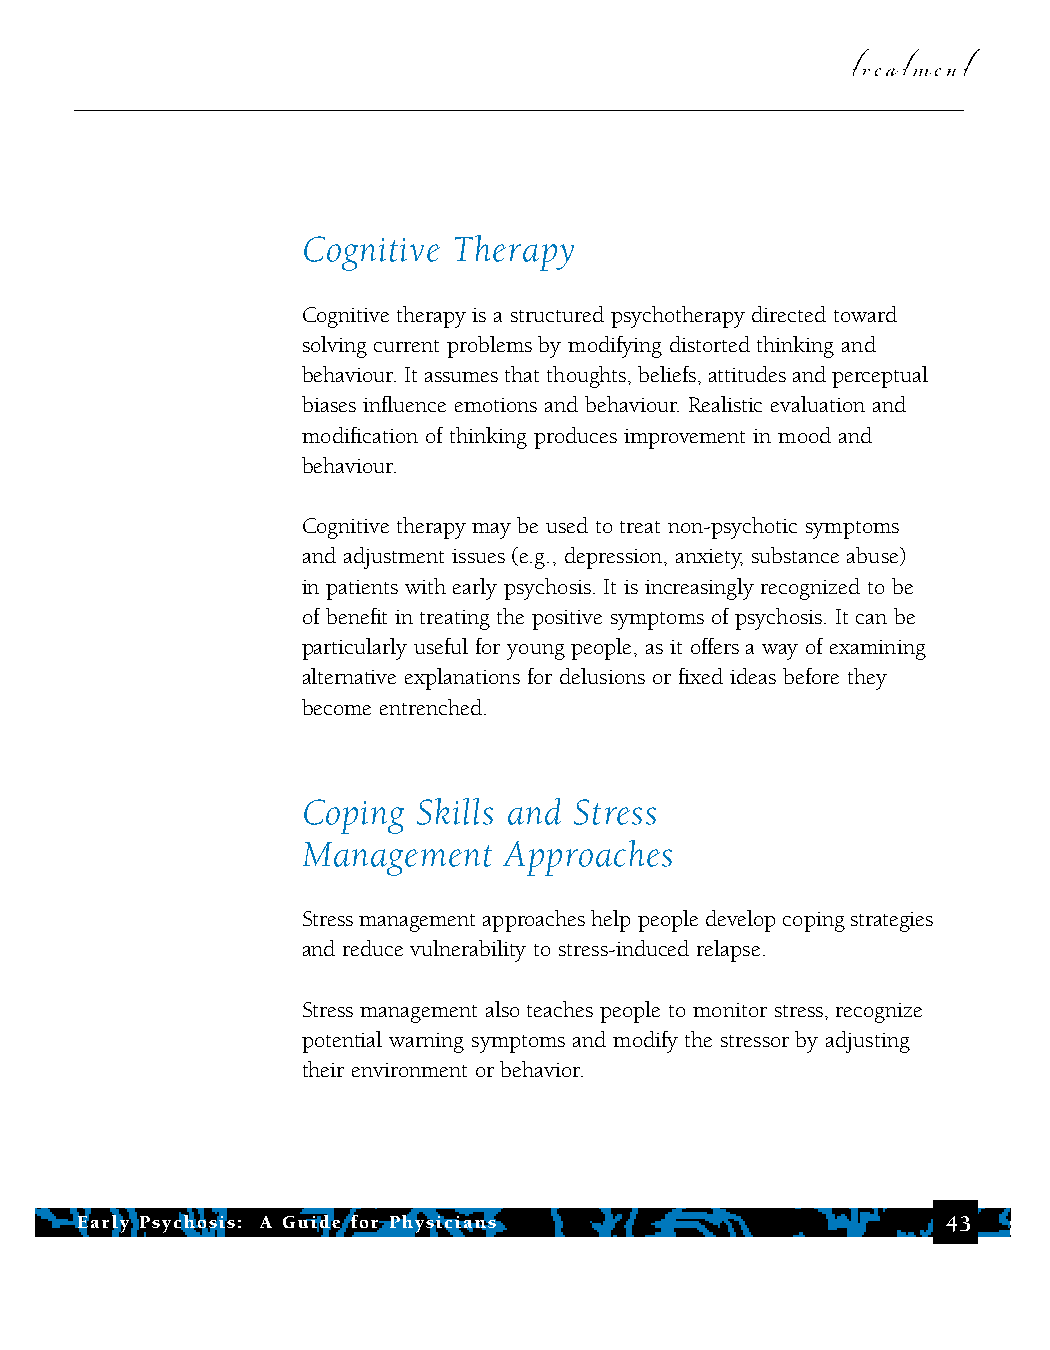
treatment
 Cognitive Therapy
 Cognitive therapy is a structured psychotherapy directed toward
 solving current problems by modifying distorted thinking and
 behaviour. It assumes that thoughts, beliefs, attitudes and perceptual
 biases influence emotions and behaviour. Realistic evaluation and
 modification of thinking produces improvement in mood and
 behaviour.
 Cognitive therapy may be used to treat non-psychotic symptoms
 and adjustment issues (e.g., depression, anxiety, substance abuse)
 in patients with early psychosis. It is increasingly recognized to be
 of benefit in treating the positive symptoms of psychosis. It can be
 particularly useful for young people, as it offers a way of examining
 alternative explanations for delusions or fixed ideas before they
 become entrenched.
 Coping  Skills and Stress
 Management   Approaches
 Stress management approaches help people develop coping strategies
 and reduce vulnerability to stress-induced relapse.
 Stress management also teaches people to monitor stress, recognize
 potential warning symptoms and modify the stressor by adjusting
 their environment or behavior.
 Early Psychosis: A Guide for Physicians                   43